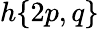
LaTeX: h{\left\{ \begin{array}{l}{2p,q}\end{array}\right\} }